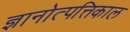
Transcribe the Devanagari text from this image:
ज्ञानोत्पत्तिकाल